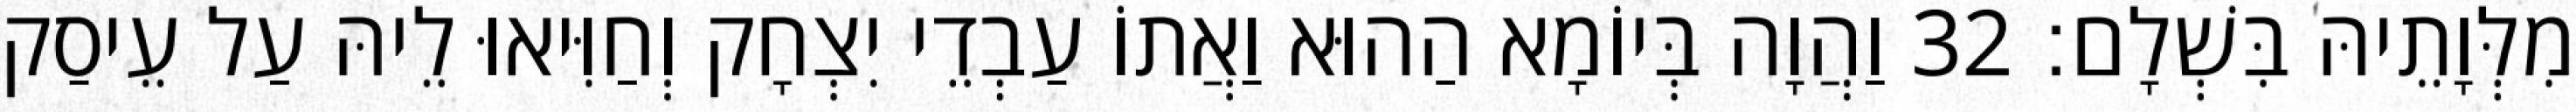
מִלְּוָתֵיהּ בִּשְׁלָם׃ 32 וַהֲוָה בְּיוֹמָא הַהוּא וַאֲתוֹ עַבְדֵי יִצְחָק וְחַוִּיאוּ לֵיהּ עַל עֵיסַק